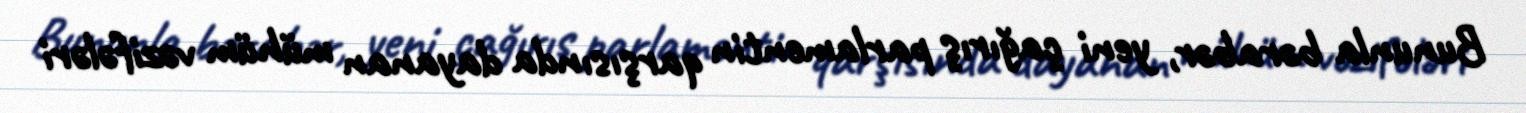
Bununla bərabər, yeni çağırış parlamentin qarşısında dayanan mühüm vəzifələri